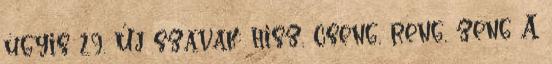
úgyis 29. Új szavak: hisz, cseng, reng, zeng A